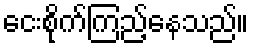
ငေးစိုက်ကြည့်နေသည်။